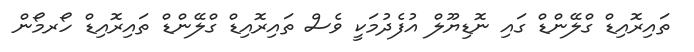
ތައިރޮއިޑް ގްލޭންޑް ގައި ނޮޑިޔޫލް އުފެދުމަކީ ވެސް ތައިރޮއިޑް ގްލޭންޑް ތައިރޮއިޑް ހޯރމޯން